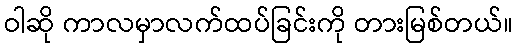
ဝါဆို ကာလမှာလက်ထပ်ခြင်းကို တားမြစ်တယ်။